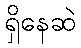
ရှိနေဆဲ